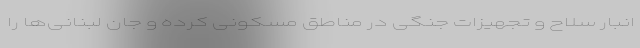
انبار سلاح و تجهیزات جنگی در مناطق مسکونی کرده و جان لبنانی‌ها را